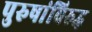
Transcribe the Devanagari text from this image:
पुरुषांविरुद्ध